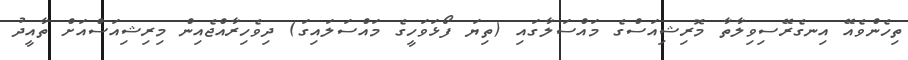
ތިހެންވެއޭ އިނގެރޭސިވިލާތާ މޮރިޝިއަސްގެ މައްސަލާގައި (ތިޔަ ފޯޅަވަހީގެ މައްސަލައިގަ) ދިވެހިރާއްޖެއިން މިރިޝިއަސްއަށް ތާއީދު